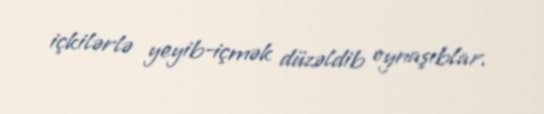
içkilərlə yeyib-içmək düzəldib oynaşıblar.